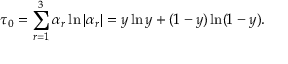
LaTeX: \tau _ { 0 } = \sum _ { r = 1 } ^ { 3 } \alpha _ { r } \ln | \alpha _ { r } | = y \ln y + ( 1 - y ) \ln ( 1 - y ) .